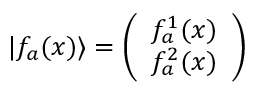
\vert f _ { a } ( x ) \rangle = \left( \begin{array} { c } { { f _ { a } ^ { 1 } ( x ) } } \\ { { f _ { a } ^ { 2 } ( x ) } } \end{array} \right)